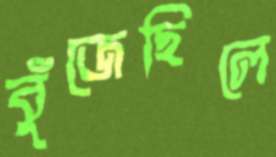
বুঁজেছিলে